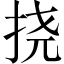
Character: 挠